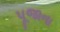
પૂજાના